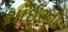
શાઇરના